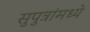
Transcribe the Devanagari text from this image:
सुपुत्रांमध्ये